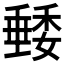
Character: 𥡭